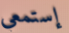
إستمعي